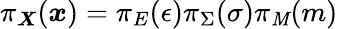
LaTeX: \pi_{\boldsymbol{X}}(\boldsymbol{x})=\pi_{E}(\epsilon)\pi_{\Sigma}(\sigma)\pi_{\mathit{M}}(m)